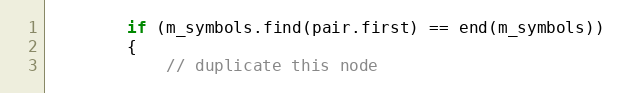
Language: C++
        if (m_symbols.find(pair.first) == end(m_symbols))
        {
            // duplicate this node